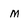
Character: m